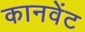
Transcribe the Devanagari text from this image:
कानवेंट